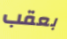
بعقب